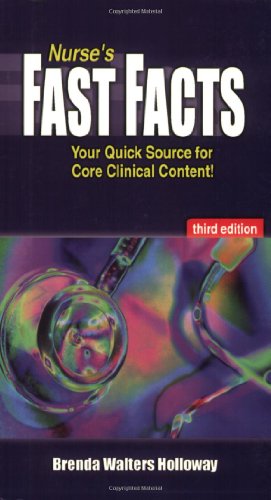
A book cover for Nurse's Fast Facts: Your Quick Source for Core Clinical Content; Brenda Walters Holloway FNP-BC  DNSc; Medical Books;